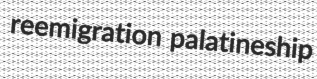
reemigration palatineship